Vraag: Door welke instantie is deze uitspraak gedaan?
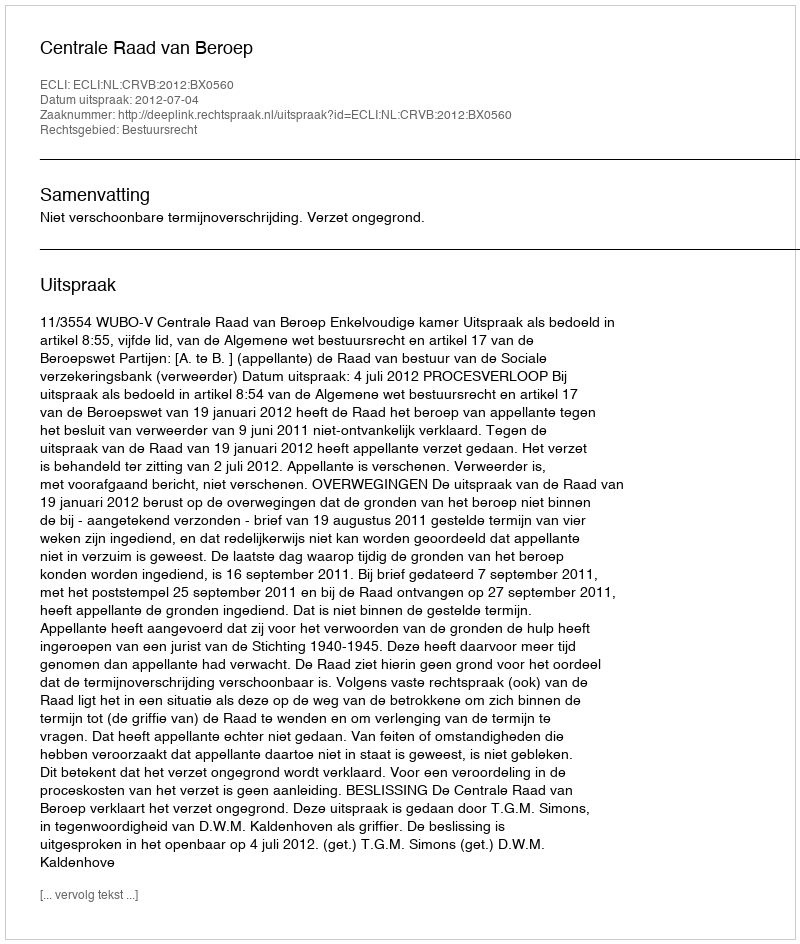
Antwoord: Centrale Raad van Beroep